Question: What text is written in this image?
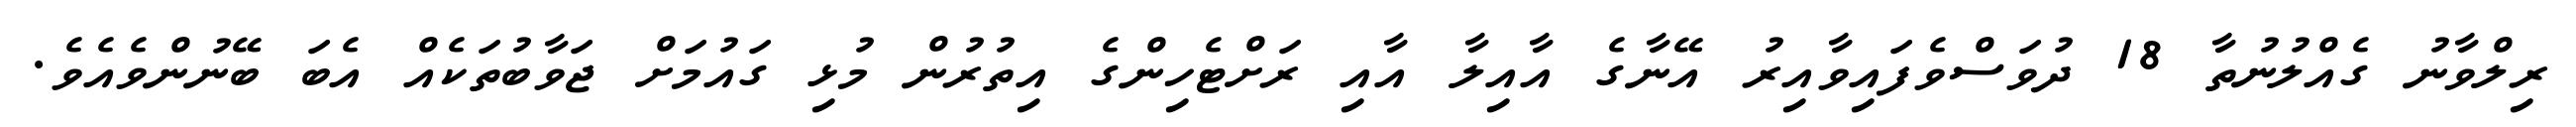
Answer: ރިލްވާނު ގެއްލުނުތާ 18 ދުވަސްވެފައިވާއިރު އޭނާގެ އާއިލާ އާއި ރަށްޓެހިންގެ އިތުރުން މުޅި ގައުމަށް ޖަވާބުތަކެއް އެބަ ބޭނުންވެއެވެ.